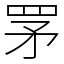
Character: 罞